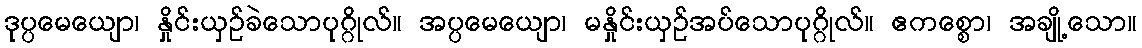
ဒုပ္ပမေယျော၊ နှိုင်းယှဉ်ခဲသောပုဂ္ဂိုလ်။ အပ္ပမေယျော၊ မနှိုင်းယှဉ်အပ်သောပုဂ္ဂိုလ်။ ဧကစ္စော၊ အချို့သော။